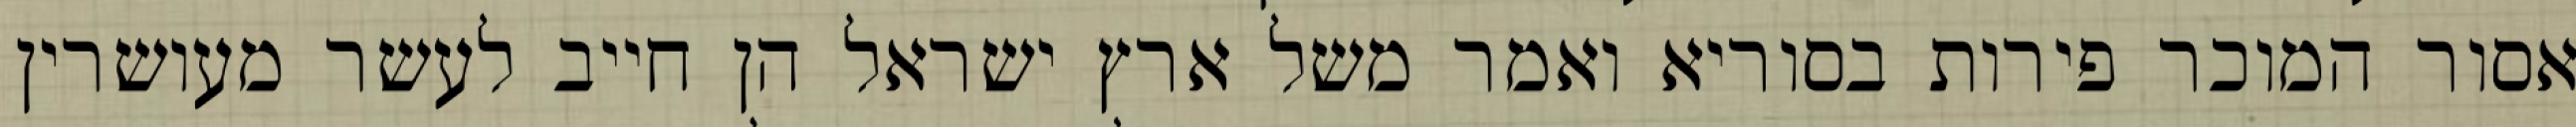
אסור המוכר פירות בסוריא ואמר משל ארץ ישראל הן חייב לעשר מעושרין